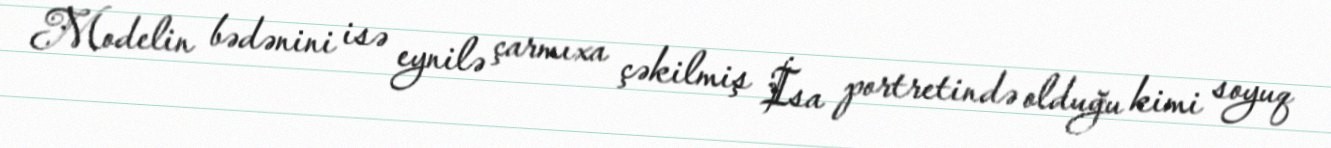
Modelin bədənini isə eynilə çarmıxa çəkilmiş İsa portretində olduğu kimi soyuq